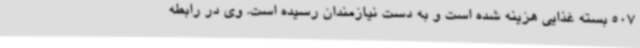
507 بسته غذایی هزینه شده است و به دست نیازمندان رسیده است. وی در رابطه